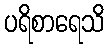
ပရိစာရေသိ